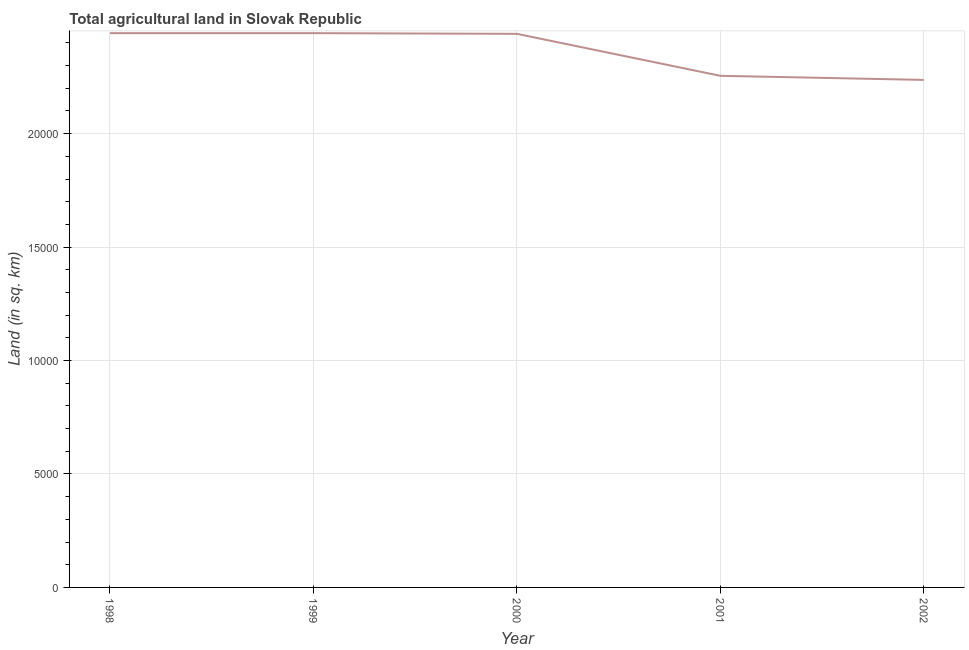
| Year | Agricultural land (sq. km) |
 | --- | --- |
 | 1998 | 2.44e+04 |
 | 1999 | 2.44e+04 |
 | 2000 | 2.44e+04 |
 | 2001 | 2.26e+04 |
 | 2002 | 2.24e+04 |